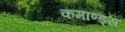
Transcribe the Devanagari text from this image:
कमाण्ड्स